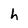
Character: h